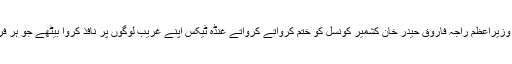
شوکت جاوید نے کہا کہ وزیراعظم راجہ فاروق حیدر خان کشمیر کونسل کو ختم کرواتے کرواتے غنڈہ ٹیکس اپنے غریب لوگوں پر نافذ کروا بیٹھے جو ہر فرد ہر حال میں دینا پڑیگا۔